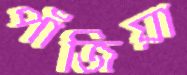
পাঁজিয়া